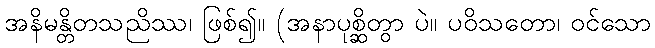
အနိမန္တိတသညိဿ၊ ဖြစ်၍။ (အနာပုစ္ဆိတွာ ပဲ။ ပဝိသတော၊ ဝင်သော